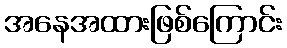
အနေအထားဖြစ်ကြောင်း